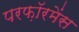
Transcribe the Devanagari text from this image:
परफ़ॉरमेंस